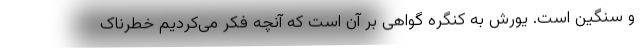
و سنگین است. یورش به کنگره گواهی بر آن است که آنچه فکر می‌کردیم خطرناک